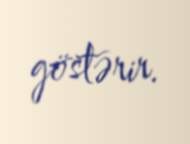
göstərir.